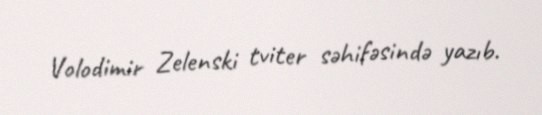
Volodimir Zelenski tviter səhifəsində yazıb.